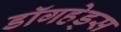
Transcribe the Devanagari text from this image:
डॉगहेड्स